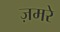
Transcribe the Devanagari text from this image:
ज़मरे